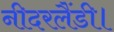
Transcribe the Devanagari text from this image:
नीदरलैंडी।